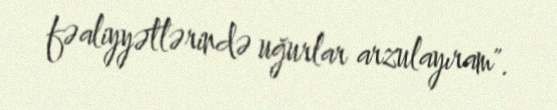
fəaliyyətlərində uğurlar arzulayıram".